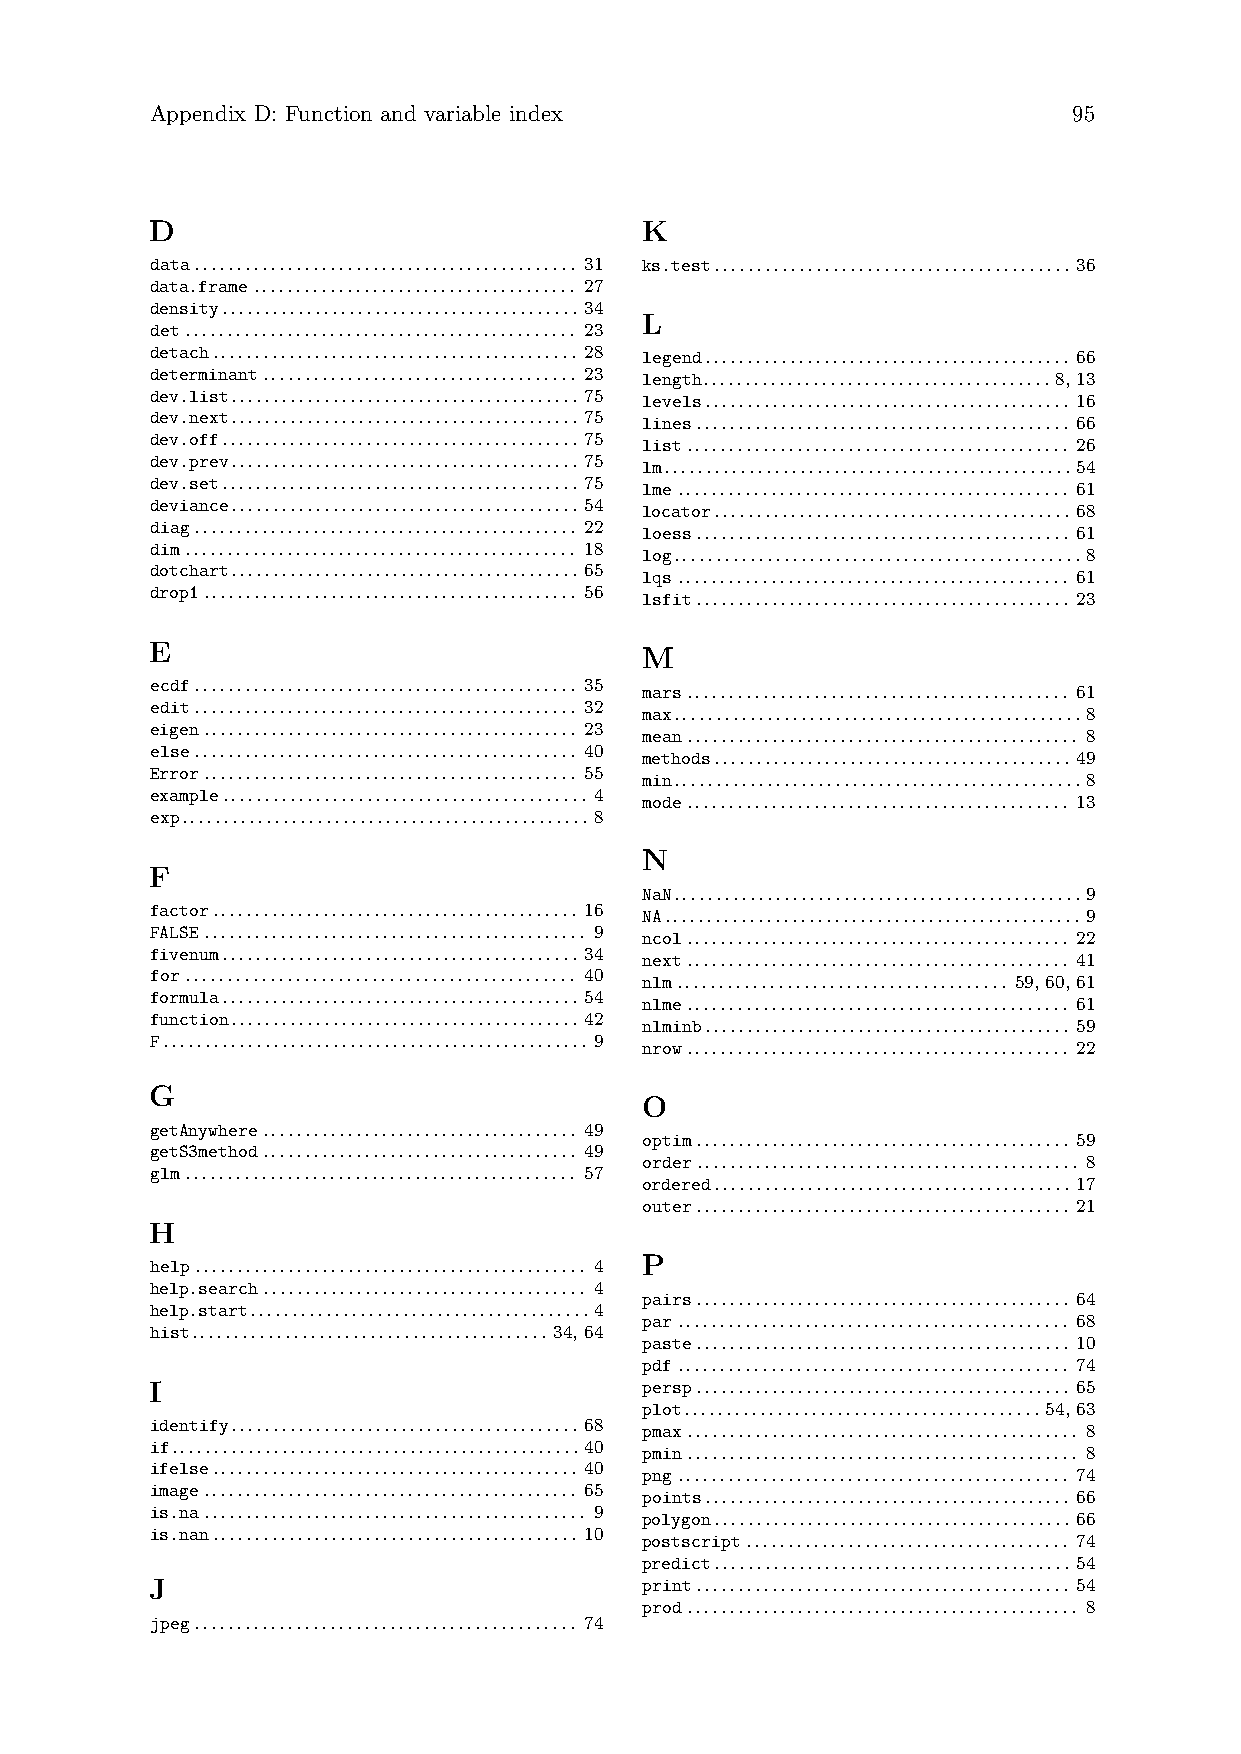
Appendix D: Function and variable index                      95
 D                               K
 data............................................. 31 ks.test.......................................... 36
 data.frame...................................... 27
 density.......................................... 34
 L
 det.............................................. 23
 detach........................................... 28 legend........................................... 66
 determinant..................................... 23 length.........................................8, 13
 dev.list.........................................75 levels........................................... 16
 dev.next.........................................75 lines............................................ 66
 dev.off.......................................... 75 list............................................. 26
 dev.prev.........................................75 lm................................................54
 dev.set.......................................... 75
 lme.............................................. 61
 deviance.........................................54
 locator.......................................... 68
 diag............................................. 22
 loess............................................ 61
 dim.............................................. 18
 log................................................8
 dotchart.........................................65
 lqs.............................................. 61
 drop1............................................ 56
 lsfit............................................ 23
 E                               M
 ecdf............................................. 35 mars............................................. 61
 edit............................................. 32
 max................................................8
 eigen............................................ 23
 mean.............................................. 8
 else............................................. 40
 methods.......................................... 49
 Error............................................ 55
 min................................................8
 example........................................... 4
 mode............................................. 13
 exp................................................8
 N
 F
 NaN................................................9
 factor........................................... 16
 NA.................................................9
 FALSE............................................. 9
 ncol............................................. 22
 fivenum.......................................... 34
 next............................................. 41
 for.............................................. 40
 nlm....................................... 59, 60, 61
 formula.......................................... 54
 nlme............................................. 61
 function.........................................42
 nlminb........................................... 59
 F.................................................. 9
 nrow............................................. 22
 G
 O
 getAnywhere..................................... 49
 optim............................................ 59
 getS3method..................................... 49
 order............................................. 8
 glm.............................................. 57
 ordered.......................................... 17
 outer............................................ 21
 H
 P
 help.............................................. 4
 help.search...................................... 4
 pairs............................................ 64
 help.start........................................4
 par.............................................. 68
 hist..........................................34, 64
 paste............................................ 10
 pdf.............................................. 74
 I                                persp............................................ 65
 plot..........................................54, 63
 identify.........................................68 pmax.............................................. 8
 if................................................40
 pmin.............................................. 8
 ifelse........................................... 40
 png.............................................. 74
 image............................................ 65
 points........................................... 66
 is.na............................................. 9
 polygon.......................................... 66
 is.nan........................................... 10
 postscript...................................... 74
 predict.......................................... 54
 J                                print............................................ 54
 prod.............................................. 8
 jpeg............................................. 74